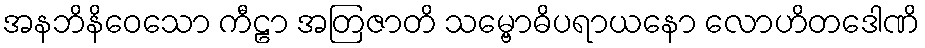
အနဘိနိဝေသော ကီဠာ အတြဇာတိ သမ္ဗောဓိပရာယနော လောဟိတဒေါဏိ